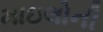
માઇલોની